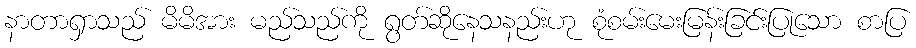
နာတာရှာသည် မိမိအား မည်သည်ကို ရွတ်ဆိုနေသနည်းဟု စုံစမ်းမေးမြန်းခြင်းပြုသော စာပြ